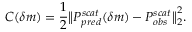
C ( \delta m ) = \frac { 1 } { 2 } \big \| P _ { p r e d } ^ { s c a t } ( \delta m ) - P _ { o b s } ^ { s c a t } \big \| _ { 2 } ^ { 2 } .